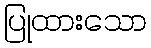
ပြုထားသော